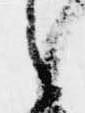
之